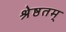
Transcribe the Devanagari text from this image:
श्रेष्ठतम्